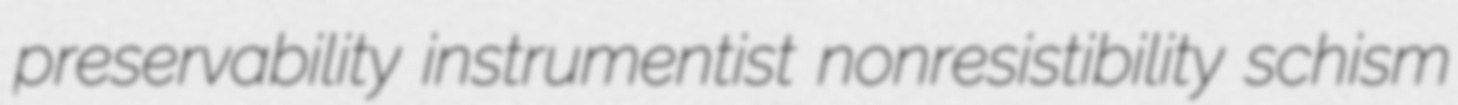
preservability instrumentist nonresistibility schism